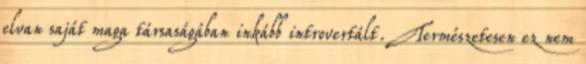
elvan saját maga társaságában inkább introvertált. Természetesen ez nem